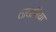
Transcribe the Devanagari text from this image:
तातारिया